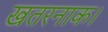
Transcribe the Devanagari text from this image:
खतरनाक।